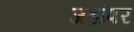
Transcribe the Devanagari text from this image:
जहांपर